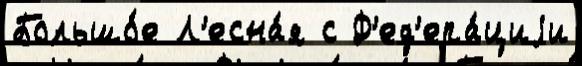
Большо́е Л'есна́я с Ф'ед'ера́циjи